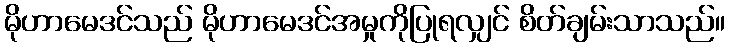
မိုဟာမေဒင်သည် မိုဟာမေဒင်အမှုကိုပြုရလျှင် စိတ်ချမ်းသာသည်။